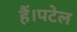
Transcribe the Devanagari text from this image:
हैं।पटेल